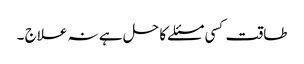
طاقت کسی مسئلے کا حل ہے نہ علاج ۔